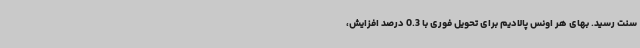
سنت رسید. بهای هر اونس پالادیم برای تحویل فوری با 0.3 درصد افزایش،